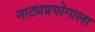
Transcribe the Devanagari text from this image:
नाट्यप्रयोगाला